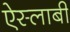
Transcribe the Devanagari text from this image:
ऐस्लाबी